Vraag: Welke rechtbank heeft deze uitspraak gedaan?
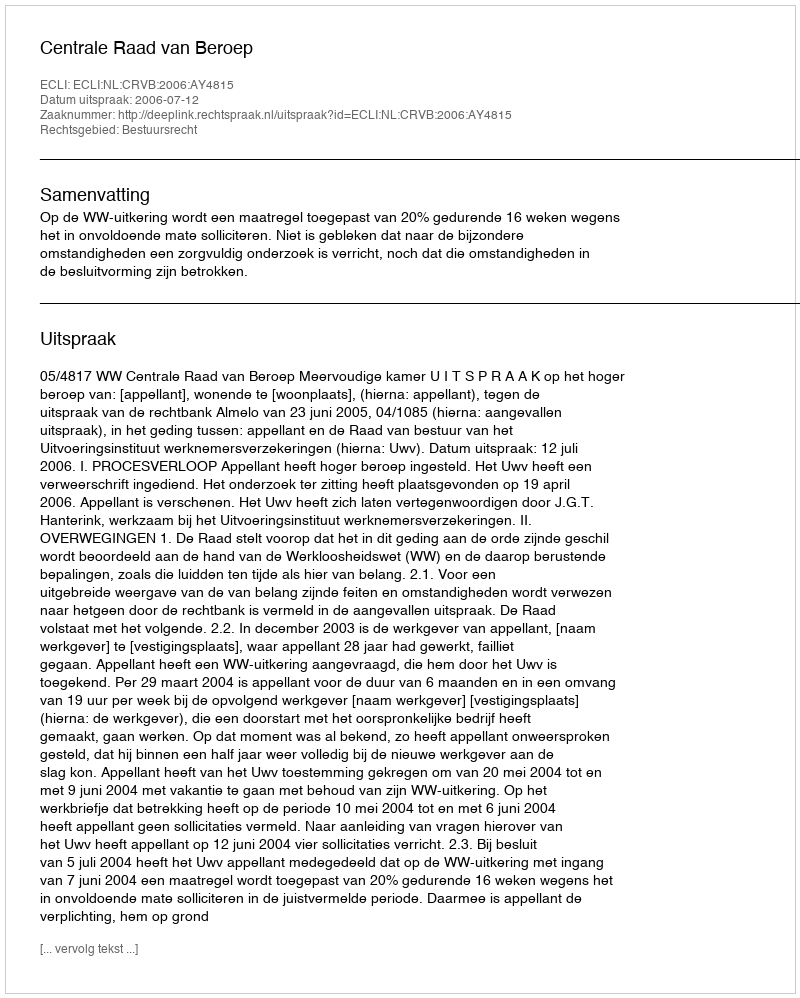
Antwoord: Centrale Raad van Beroep